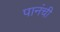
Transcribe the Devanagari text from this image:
पानंची